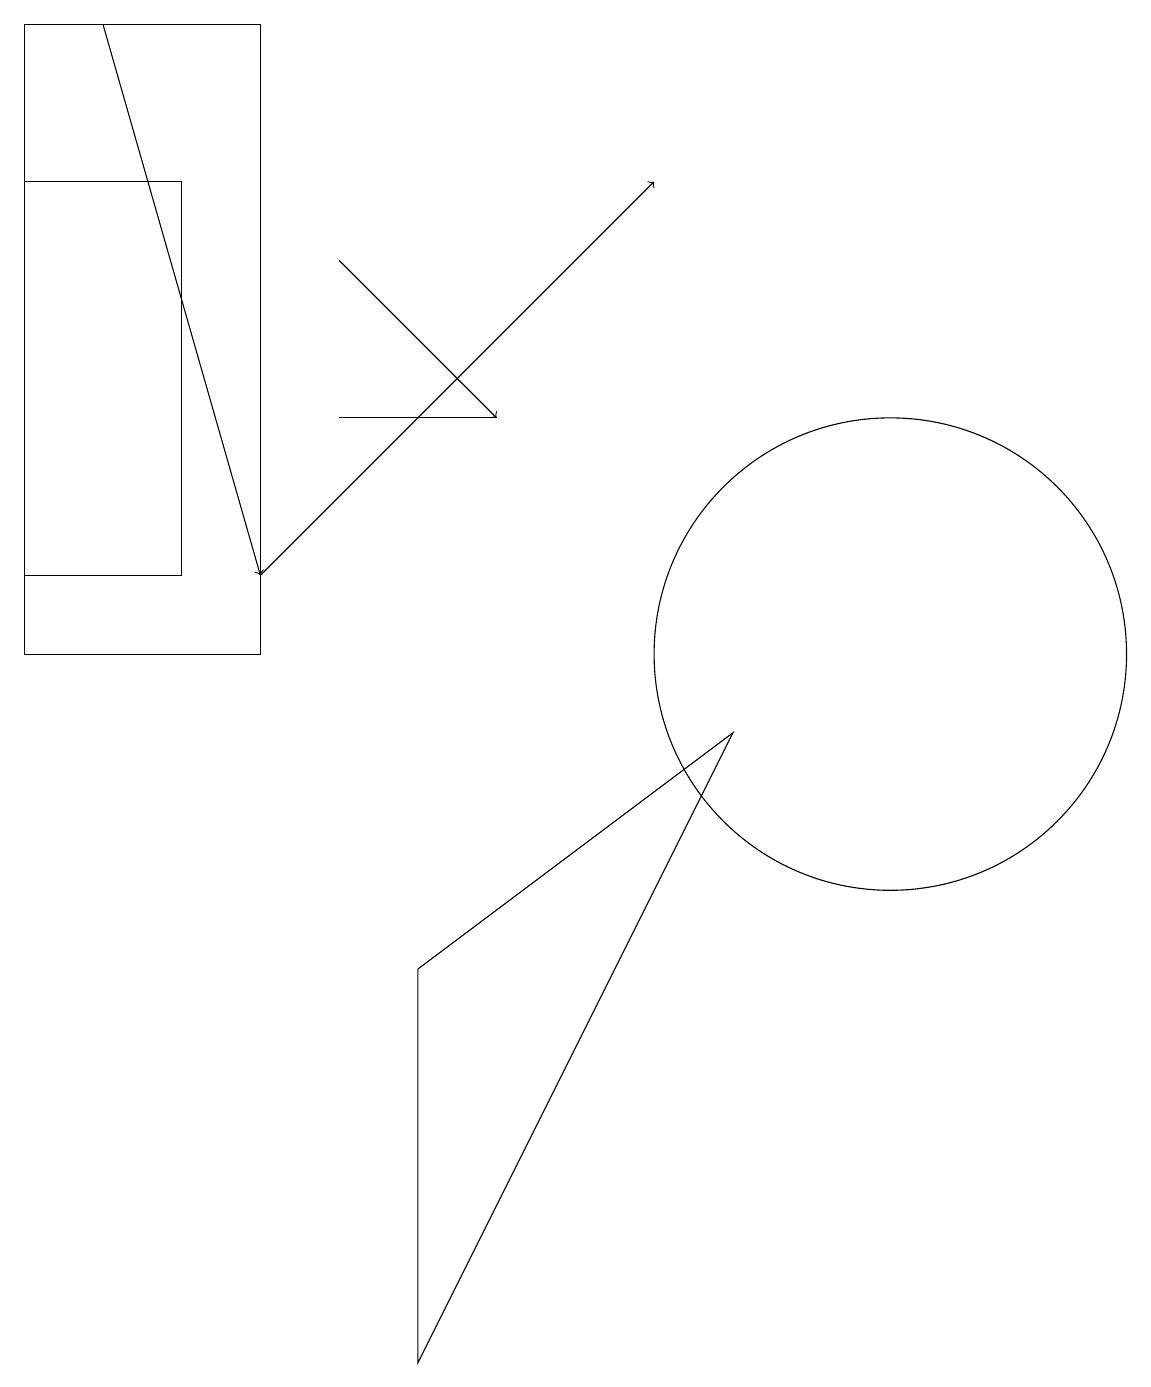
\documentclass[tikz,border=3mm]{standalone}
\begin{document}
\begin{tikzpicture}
\draw[->] (1,18) -- (3,11);
\draw[->] (4,15) -- (6,13);
\draw[->] (3,11) -- (8,16);
\draw (11,10) circle (3);
\draw (4,13) rectangle (6,13);
\draw (9,9) -- (5,6) -- (5,1) -- cycle;
\draw (2,11) rectangle (0,16);
\draw (3,10) rectangle (0,18);
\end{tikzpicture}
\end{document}